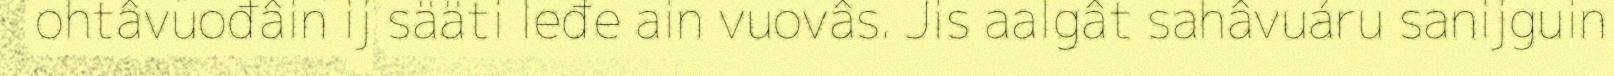
ohtâvuođâin ij sääti leđe ain vuovâs. Jis aalgât sahâvuáru sanijguin